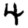
Digit: 4